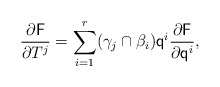
\begin{align*}\frac{\partial \mathsf{F}}{\partial T^{j}}= \sum_{i=1}^r (\gamma_j\cap \beta_i) \mathsf{q}^i\frac{\partial \mathsf{F}}{\partial \mathsf{q}^i},\end{align*}